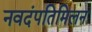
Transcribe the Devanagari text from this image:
नवदंपतिमिलन